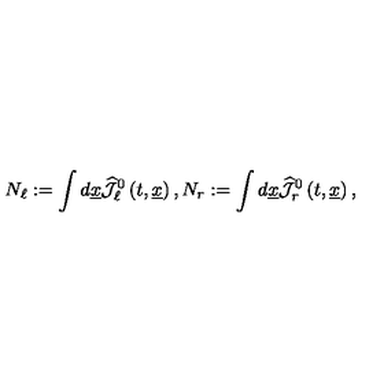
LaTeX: N _ { \ell } : = \int d \underline { { x } } \widehat { { \mathcal J } } _ { \ell } ^ { 0 } \left( t , \underline { { x } } \right) , N _ { r } : = \int d \underline { { x } } \widehat { { \mathcal J } } _ { r } ^ { 0 } \left( t , \underline { { x } } \right) ,